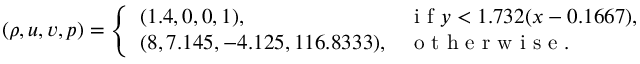
( \rho , u , v , p ) = \left\{ \begin{array} { l l } { ( 1 . 4 , 0 , 0 , 1 ) , } & { \mathrm { ~ i ~ f ~ } y < 1 . 7 3 2 ( x - 0 . 1 6 6 7 ) , } \\ { ( 8 , 7 . 1 4 5 , - 4 . 1 2 5 , 1 1 6 . 8 3 3 3 ) , } & { \mathrm { ~ o ~ t ~ h ~ e ~ r ~ w ~ i ~ s ~ e ~ . ~ } } \end{array} \right.